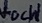
Text: VocH